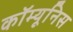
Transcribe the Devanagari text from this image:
कॉम्यूनिस